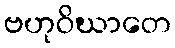
ဗဟုဝိဃာတေ